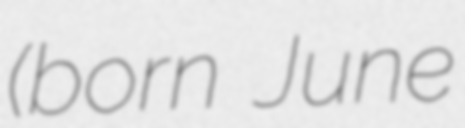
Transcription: (born June